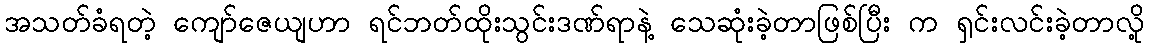
အသတ်ခံရတဲ့ ကျော်ဇေယျဟာ ရင်ဘတ်ထိုးသွင်းဒဏ်ရာနဲ့ သေဆုံးခဲ့တာဖြစ်ပြီး က ရှင်းလင်းခဲ့တာလို့